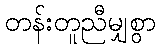
တန်းတူညီမျှစွာ